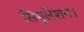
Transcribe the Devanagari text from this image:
सिमुलेशन।